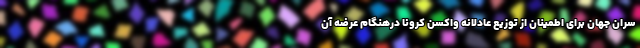
سران جهان برای اطمینان از توزیع عادلانه واکسن کرونا درهنگام عرضه آن